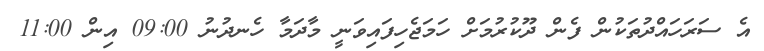
އެ ސަރަހައްދުތަކުން ފެން ދޫކުރުމަށް ހަމަޖެހިފައިވަނީ މާދަމާ ހެނދުނު 09:00 އިން 11:00